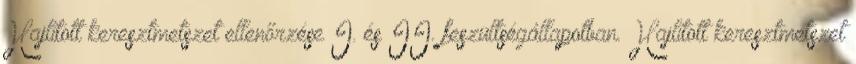
Hajlított keresztmetszet ellenőrzése I. és II. feszültségállapotban. Hajlított keresztmetszet